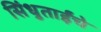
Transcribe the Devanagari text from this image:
सिंधुताईंचे